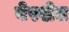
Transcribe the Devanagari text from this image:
बेरशेत